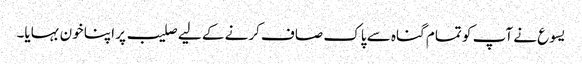
یسوع نے آپ کو تمام گناہ سے پاک صاف کرنے کے لیے صلیب پر اپنا خون بہایا۔